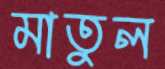
মাতুল